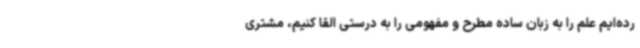
رده‌ایم علم را به زبان ساده مطرح و مفهومی را به درستی القا کنیم، مشتری